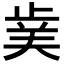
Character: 𭭥